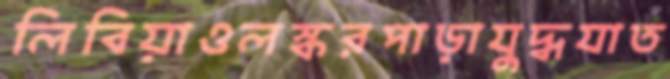
লিবিয়াওলস্করপাড়াযুদ্ধযাত